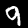
Digit: 9